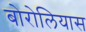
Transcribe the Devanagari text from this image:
बोरोलियास